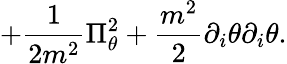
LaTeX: +{\frac{1}{2m^{2}}}\Pi_{\theta}^{2}+{\frac{m^{2}}{2}}\partial_{i}\theta\partial_{i}\theta.